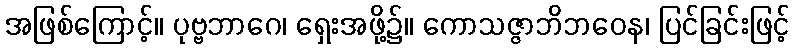
အဖြစ်ကြောင့်။ ပုဗ္ဗဘာဂေ၊ ရှေးအဖို့၌။ ကောသဇ္ဇာဘိဘဝေန၊ ပြင်ခြင်းဖြင့်